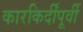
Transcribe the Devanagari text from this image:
कारकिर्दींपूर्वी